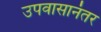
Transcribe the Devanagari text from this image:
उपवासानंतर